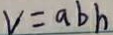
v = a b h